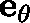
\mathbf { e _ { \theta } }